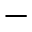
-